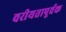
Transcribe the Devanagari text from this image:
वरीयतापूर्वक